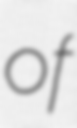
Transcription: of